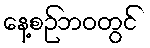
နေ့စဉ်ဘဝတွင်